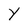
Character: Y